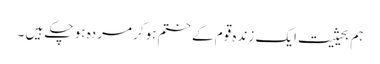
ہم بحیثیت ایک زندہ قوم کے ختم ہوکر مردہ ہو چکے ہیں ۔